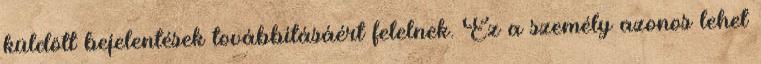
küldött bejelentések továbbításáért felelnek. Ez a személy azonos lehet